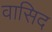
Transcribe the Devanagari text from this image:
वासिद